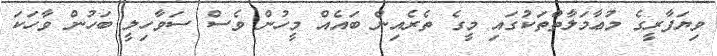
ވިޔަފާރީގެ މުޢާމަލާތްތަކުގައި މީގެ ތެރެއިން ބައެއް މީހުން ވެސް ސަވާހިލީ ބަހުން ވާހަކަ